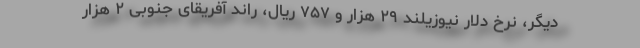
دیگر، نرخ دلار نیوزیلند ۲۹ هزار و ۷۵۷ ریال، راند آفریقای جنوبی ۲ هزار